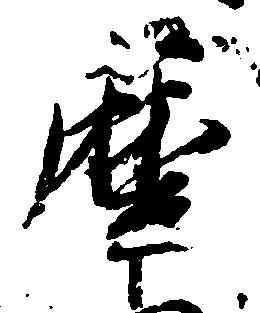
摩